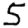
Digit: 5